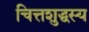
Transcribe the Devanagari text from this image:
चित्तशुद्धस्य